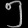
Digit: ၅